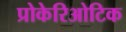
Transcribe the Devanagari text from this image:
प्रोकेरिओटिक